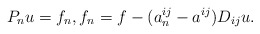
\begin{align*}P_n u=f_n,f_n=f-(a^{ij}_n-a^{ij})D_{ij}u.\end{align*}